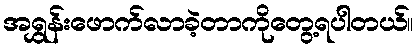
အရွှန်းဖောက်လာခဲ့တာကိုတွေ့ရပါတယ်။